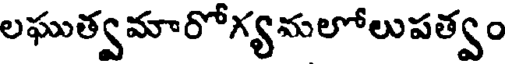
లఘుత్వమారోగ్యమలోలుపత్వం